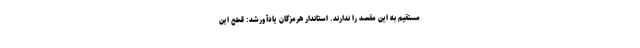
مستقیم به این مقصد را ندارند. استاندار هرمزگان یادآورشد: قطع این